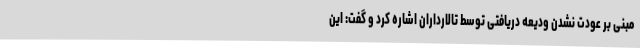
مبنی بر عودت نشدن ودیعه دریافتی توسط تالارداران اشاره کرد و گفت: این